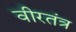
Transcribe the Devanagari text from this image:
वीरतंत्र